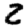
Digit: 2